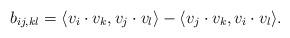
LaTeX: \begin{align*}b_{ij,kl} = \langle v_i \cdot v_k, v_j \cdot v_l\rangle - \langle v_j \cdot v_k, v_i \cdot v_l\rangle .\end{align*}